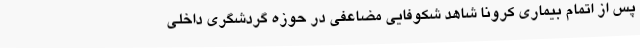
پس از اتمام بیماری کرونا شاهد شکوفایی مضاعفی در حوزه گردشگری داخلی